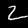
Digit: 2